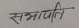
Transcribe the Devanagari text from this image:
सजायति